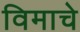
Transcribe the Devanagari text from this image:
विमाचे